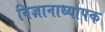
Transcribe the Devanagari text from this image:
विज्ञानाध्यापक